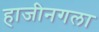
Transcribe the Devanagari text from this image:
हाजीनगला